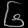
Digit: ၆